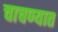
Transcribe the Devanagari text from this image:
चाचण्यात